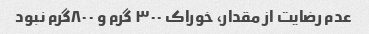
عدم رضایت از مقدار، خوراک ۳۰۰ گرم و ۸۰۰گرم نبود